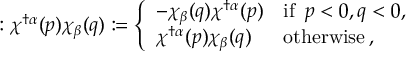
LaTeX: : \chi ^ { \dagger \alpha } ( p ) \chi _ { \beta } ( q ) : = \left\{ \begin{array} { l l } { { - \chi _ { \beta } ( q ) \chi ^ { \dagger \alpha } ( p ) } } & { { \mathrm { i f } \enspace p < 0 , q < 0 , } } \\ { { \chi ^ { \dagger \alpha } ( p ) \chi _ { \beta } ( q ) } } & { { \mathrm { o t h e r w i s e } \, , } } \end{array} \right.